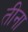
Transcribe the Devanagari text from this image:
तीना